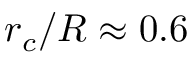
r _ { c } / R \approx 0 . 6